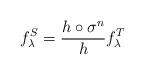
LaTeX: \begin{align*} f^S_{\lambda} = \frac{ h \circ \sigma^n}{h }f^T_{\lambda} \quad \end{align*}